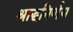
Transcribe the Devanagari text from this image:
श्राद्धनिर्णय